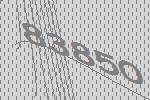
83850